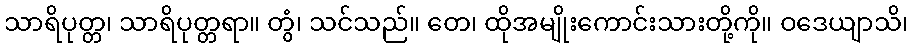
သာရိပုတ္တ၊ သာရိပုတ္တရာ။ တွံ၊ သင်သည်။ တေ၊ ထိုအမျိုးကောင်းသားတို့ကို။ ဝဒေယျာသိ၊